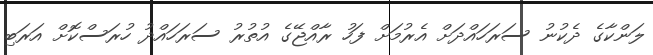
ލަންކާގެ ދެކުނު ސަރަހައްދަށް އެރުމަށް ފަހު ރާއްޖޭގެ އުތުރު ސަރަހައްދު ހުރަސްކޮށް އަރަބި